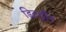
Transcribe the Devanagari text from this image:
डिल्ड्रीन